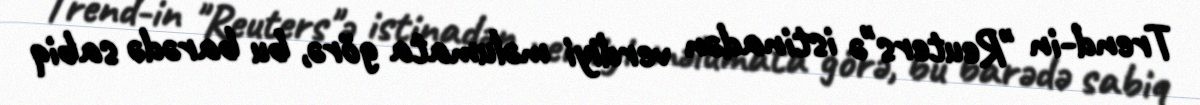
Trend-in "Reuters"ə istinadən verdiyi məlumata görə, bu barədə sabiq